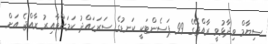
ސިޔާމް ވިދާޅުވީ ރާއްޖޭގެ 99 ޕަސެންޓަކީ ކަނޑުގެ ސަރަހައްދު ކަމަށްވާއިރު ރާއްޖެ އަށް